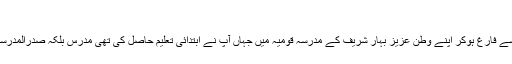
تدریس وتذکیر:
جامعہ ڈابھیل سے فارغ ہوکر اپنے وطن عزیز بہار شریف کے مدرسہ قومیہ میں جہاں آپ نے ابتدائی تعلیم حاصل کی تھی مدرس بلکہ صدرالمدرسین مقرر ہوئے۔